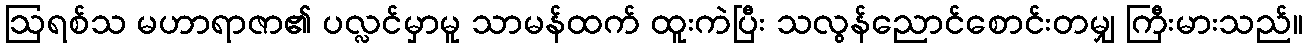
ဩရစ်သ မဟာရာဇာ၏ ပလ္လင်မှာမူ သာမန်ထက် ထူးကဲပြီး သလွန်ညောင်စောင်းတမျှ ကြီးမားသည်။